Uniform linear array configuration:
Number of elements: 4
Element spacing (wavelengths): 0.75
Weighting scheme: kaiser
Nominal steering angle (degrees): -60
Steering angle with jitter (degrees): -59.298
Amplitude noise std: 0.05
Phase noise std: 0.05

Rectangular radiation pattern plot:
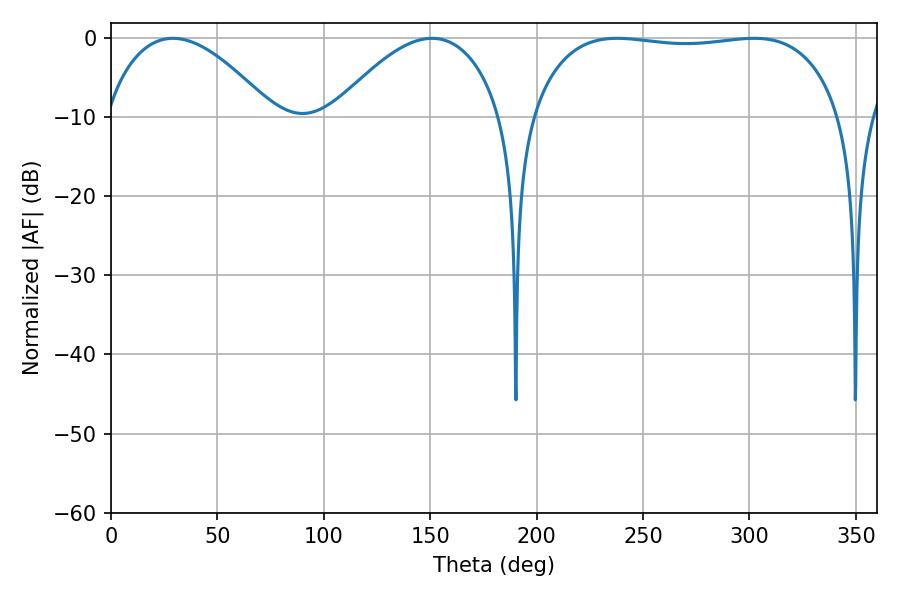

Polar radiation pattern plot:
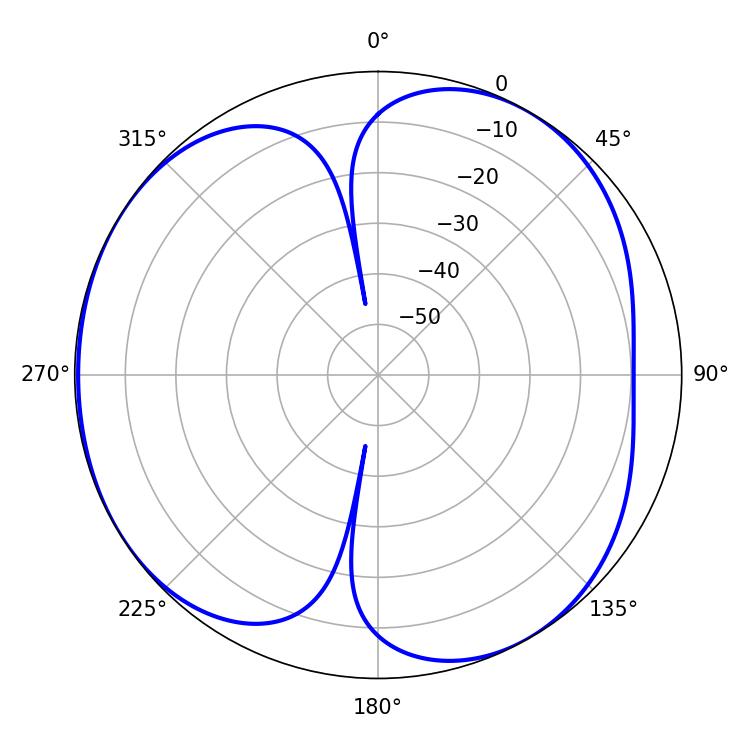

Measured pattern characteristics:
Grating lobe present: TRUE
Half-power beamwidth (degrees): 43.56
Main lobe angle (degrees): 29.16